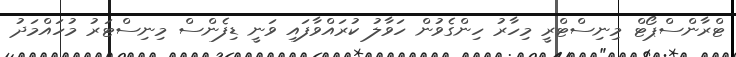
ޓްރާންސްޕޯޓް މިނިސްޓްރީ މިހާރު ހިންގެވުން ހަވާލު ކުރައްވާފައި ވަނީ ޑިފެންސް މިނިސްޓަރު މުހައްމަދު